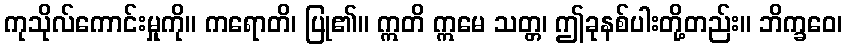
ကုသိုလ်ကောင်းမှုကို။ ကရောတိ၊ ပြု၏။ ဣတိ ဣမေ သတ္တ၊ ဤခုနစ်ပါးတို့တည်း။ ဘိက္ခဝေ၊